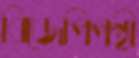
বিজেপিপন্থী